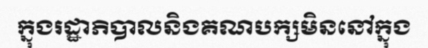
ក្នុងរដ្ឋាភិបាលនិងគណបក្សមិននៅក្នុង